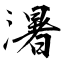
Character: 濐